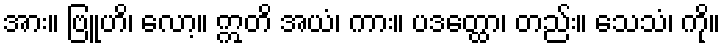
အား။ ဗြူဟိ၊ လော့။ ဣတိ အယံ၊ ကား။ ပဒတ္ထော၊ တည်း။ သေသံ၊ ကို။